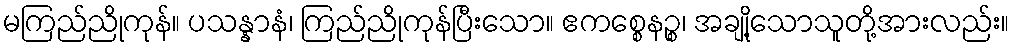
မကြည်ညိုကုန်။ ပသန္နာနံ၊ ကြည်ညိုကုန်ပြီးသော။ ဧကစ္စေနဉ္စ၊ အချို့သောသူတို့အားလည်း။